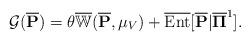
LaTeX: \begin{align*} \mathcal{G}( \overline{\mathbf{P}}) = \theta \overline{\mathbb{W}}( \overline{\mathbf{P}}, \mu_{V}) + \overline{\rm Ent}[ \overline{\mathbf{P}} | \overline{\mathbf{\Pi}}^{1}].\end{align*}